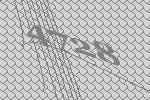
4728